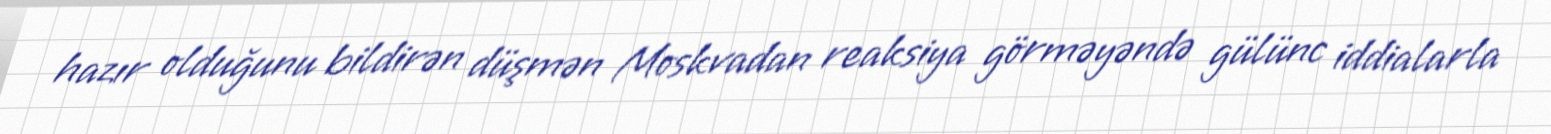
hazır olduğunu bildirən düşmən Moskvadan reaksiya görməyəndə gülünc iddialarla